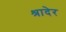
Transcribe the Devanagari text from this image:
श्रादेर